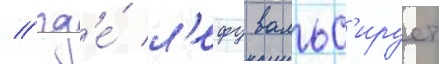
/ гд'е́ л'ефу вальс'ирует